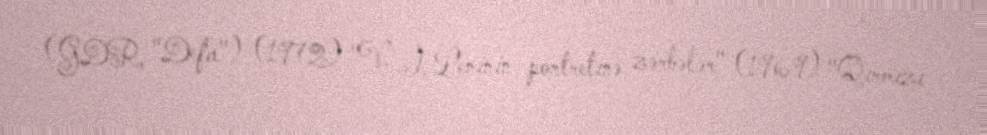
(GDR, "Defa") (1972) "V. İ. Leninin portretinə zərbələr" (1969) "Qırmızı